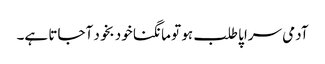
آدمی سراپا طلب ہو تو مانگنا خود بخود آجاتا ہے۔